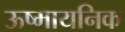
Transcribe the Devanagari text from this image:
ऊष्मायनिक